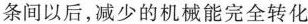
条间以后，减少的机械能完全转化